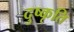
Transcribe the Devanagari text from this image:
दुष्कृति